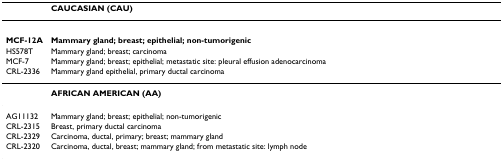
<table><thead><tr><td></td><td><b>CAUCASIAN (CAU)</b></td></tr></thead><tbody><tr><td><b>MCF-12A</b></td><td><b>Mammary gland; breast; epithelial; non-tumorigenic</b></td></tr><tr><td>HS578T</td><td>Mammary gland; breast; carcinoma</td></tr><tr><td>MCF-7</td><td>Mammary gland; breast; epithelial; metastatic site: pleural effusion adenocarcinoma</td></tr><tr><td>CRL-2336</td><td>Mammary gland epithelial, primary ductal carcinoma</td></tr><tr><td></td><td><b>AFRICAN AMERICAN (AA)</b></td></tr><tr><td>AG11132</td><td>Mammary gland; breast; epithelial; non-tumorigenic</td></tr><tr><td>CRL-2315</td><td>Breast, primary ductal carcinoma</td></tr><tr><td>CRL-2329</td><td>Carcinoma, ductal, primary; breast; mammary gland</td></tr><tr><td>CRL-2320</td><td>Carcinoma, ductal, breast; mammary gland; from metastatic site: lymph node</td></tr></tbody></table>